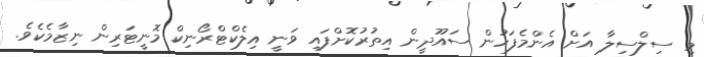
މި ސިލްސިލާ އަށް އެންމެފަހުން ސައޫދީން އިތުރުކޮށްފައި ވަނީ އިލެކްޓްރޯނިކް މޮނީޓަރިން ނިޒާމެކެވެ.